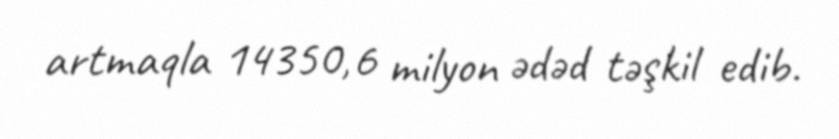
artmaqla 14350,6 milyon ədəd təşkil edib.